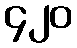
၄၂၀